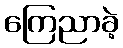
ကြေညာခဲ့